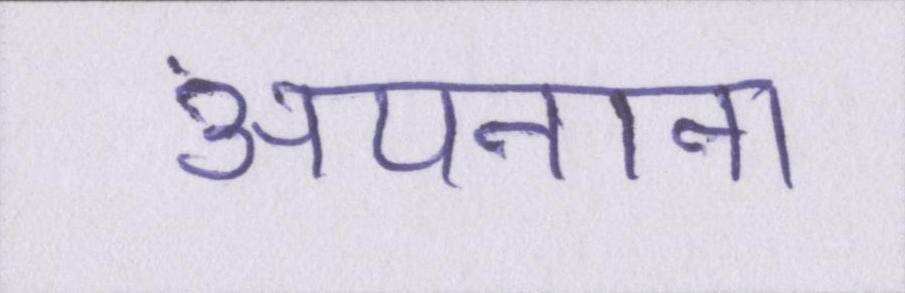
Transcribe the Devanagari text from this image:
अपनाना